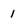
Character: 1